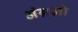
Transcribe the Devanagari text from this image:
अंग्रज़ो